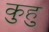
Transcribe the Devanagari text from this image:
कुहु